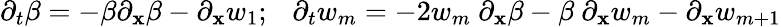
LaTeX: \partial_{t}\beta=-\beta\partial_{\mathbf{x}}\beta-\partial_{\mathbf{x}}w_{1};~~~\partial_{t}w_{m}=-2w_{m}~\partial_{\mathbf{x}}\beta-\beta~\partial_{\mathbf{x}}w_{m}-\partial_{\mathbf{x}}w_{m+1}